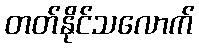
တတ်နိုင်သလောက်